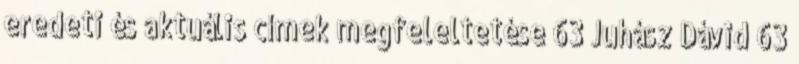
eredeti és aktuális címek megfeleltetése 63 Juhász Dávid 63